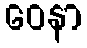
ဝေနာ